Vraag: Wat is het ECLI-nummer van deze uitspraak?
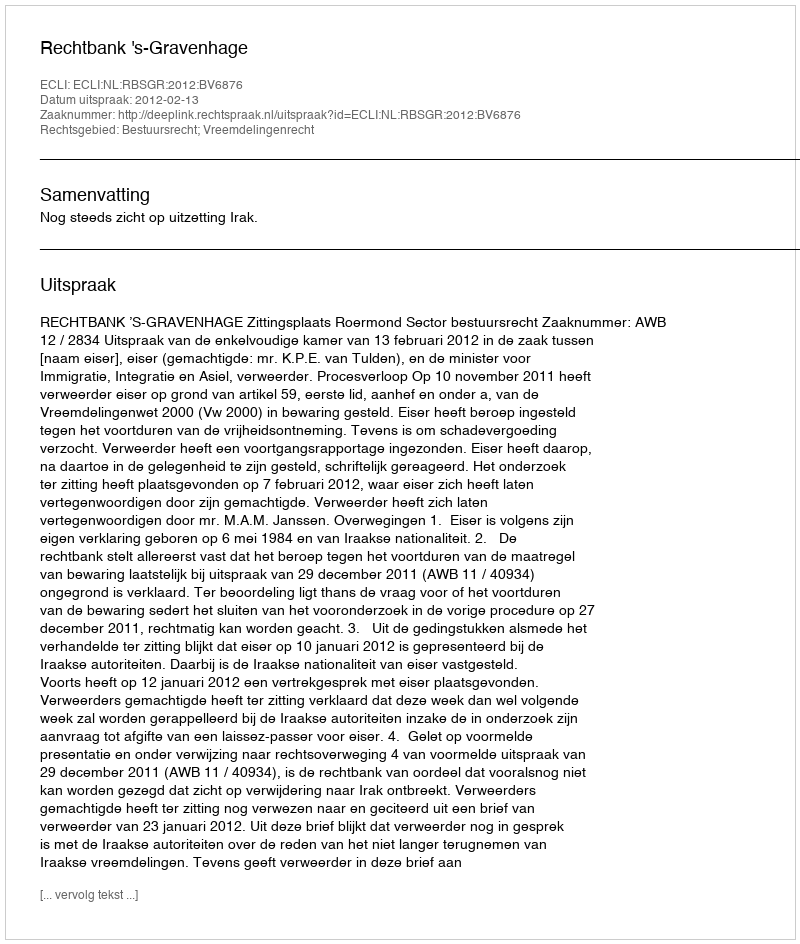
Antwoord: ECLI:NL:RBSGR:2012:BV6876